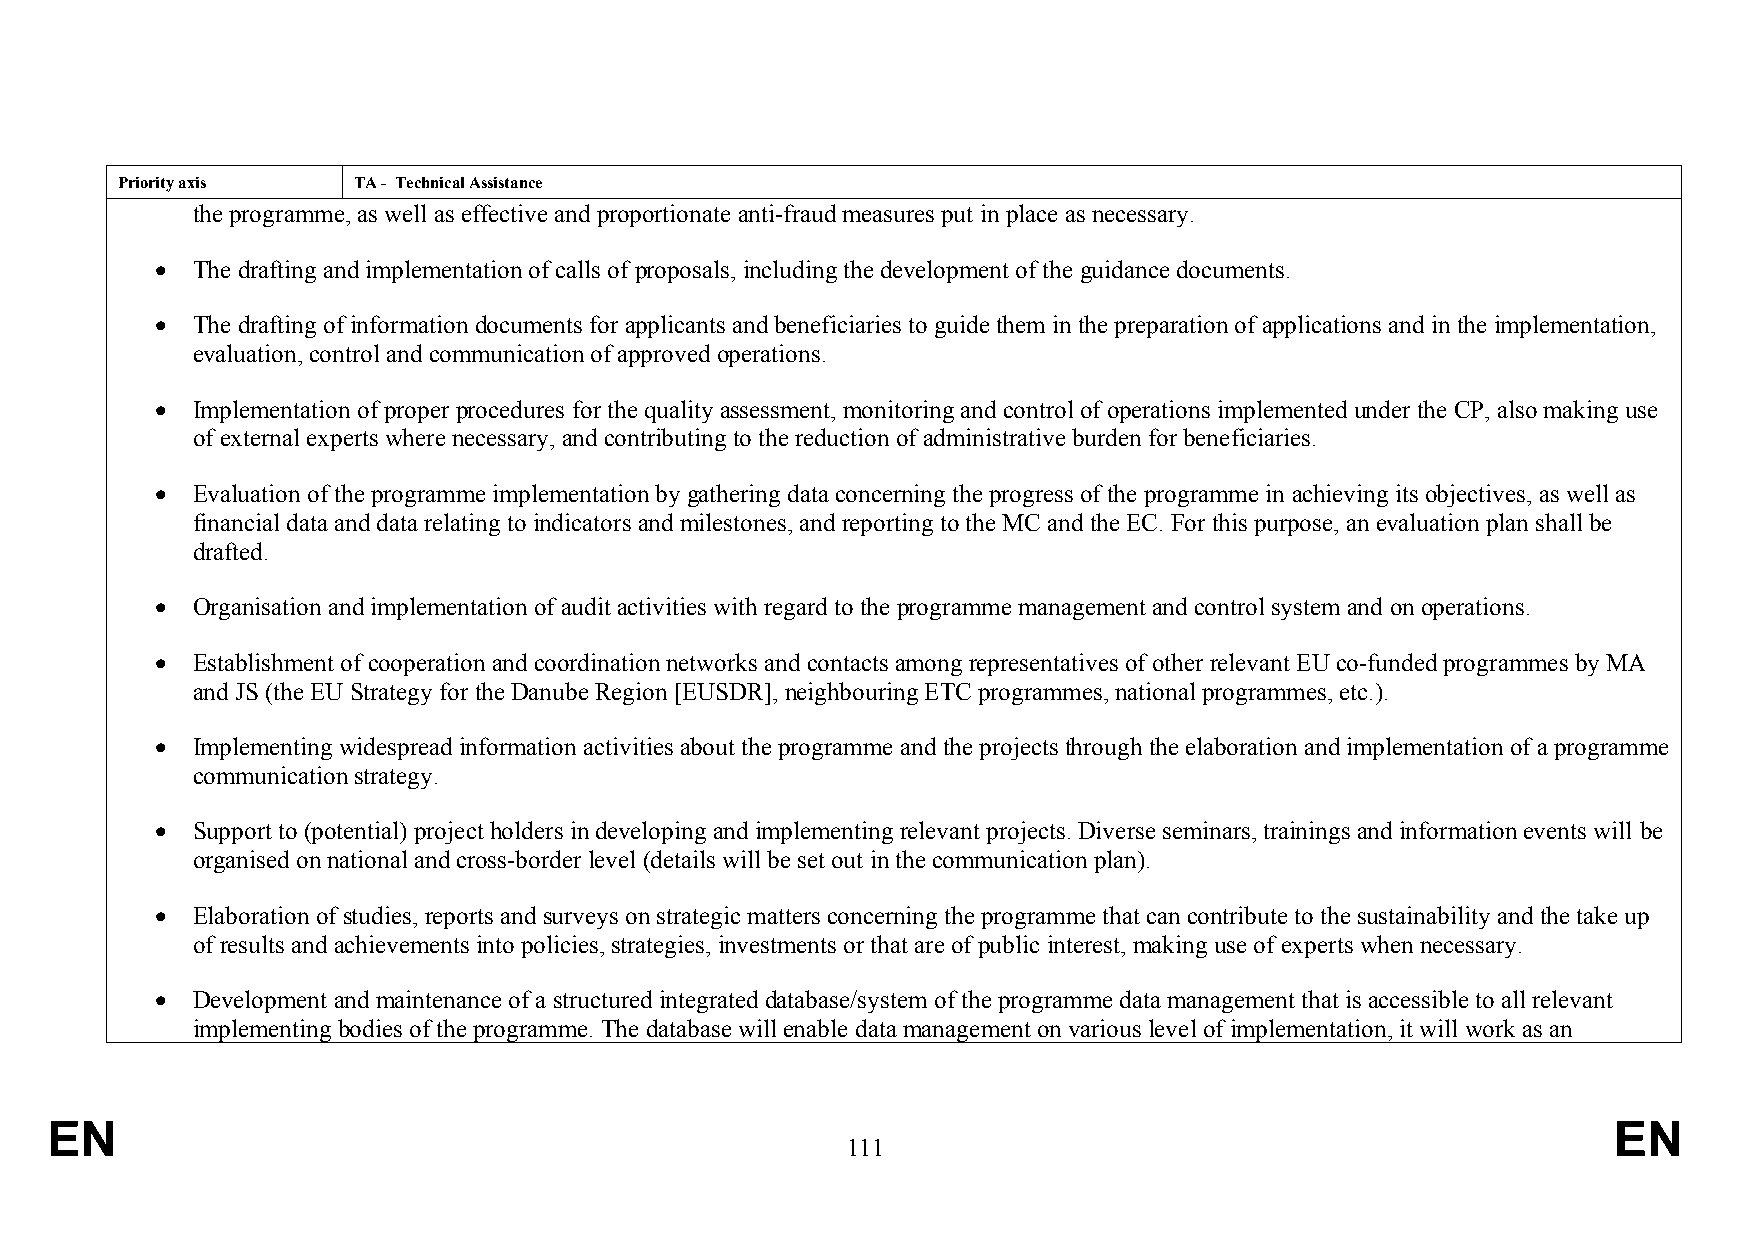
Priority axis  TA - Technical Assistance
 the programme, as well as effective and proportionate anti-fraud measures put in place as necessary.
   The drafting and implementation of calls of proposals, including the development of the guidance documents.
   The drafting of information documents for applicants and beneficiaries to guide them in the preparation of applications and in the implementation,
 evaluation, control and communication of approved operations.
   Implementation of proper procedures for the quality assessment, monitoring and control of operations implemented under the CP, also making use
 of external experts where necessary, and contributing to the reduction of administrative burden for beneficiaries.
   Evaluation of the programme implementation by gathering data concerning the progress of the programme in achieving its objectives, as well as
 financial data and data relating to indicators and milestones, and reporting to the MC and the EC. For this purpose, an evaluation plan shall be
 drafted.
   Organisation and implementation of audit activities with regard to the programme management and control system and on operations.
   Establishment of cooperation and coordination networks and contacts among representatives of other relevant EU co-funded programmes by MA
 and JS (the EU Strategy for the Danube Region [EUSDR], neighbouring ETC programmes, national programmes, etc.).
   Implementing widespread information activities about the programme and the projects through the elaboration and implementation of a programme
 communication strategy.
   Support to (potential) project holders in developing and implementing relevant projects. Diverse seminars, trainings and information events will be
 organised on national and cross-border level (details will be set out in the communication plan).
   Elaboration of studies, reports and surveys on strategic matters concerning the programme that can contribute to the sustainability and the take up
 of results and achievements into policies, strategies, investments or that are of public interest, making use of experts when necessary.
   Development and maintenance of a structured integrated database/system of the programme data management that is accessible to all relevant
 implementing bodies of the programme. The database will enable data management on various level of implementation, it will work as an
 EN                                                                                                      EN
 111